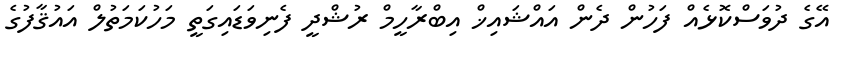
އޭގެ ދުވަސްކޮޅެއް ފަހުން ދެން އައްޝައިޚް އިބްރާހީމް ރުޝްދީ ފެނިވަޑައިގަތީ މަހުކަމަތުލް އައުޤާފުގެ